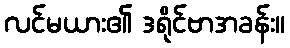
လင်မယား၏ ဒရိုင်ဗာအခန်း။